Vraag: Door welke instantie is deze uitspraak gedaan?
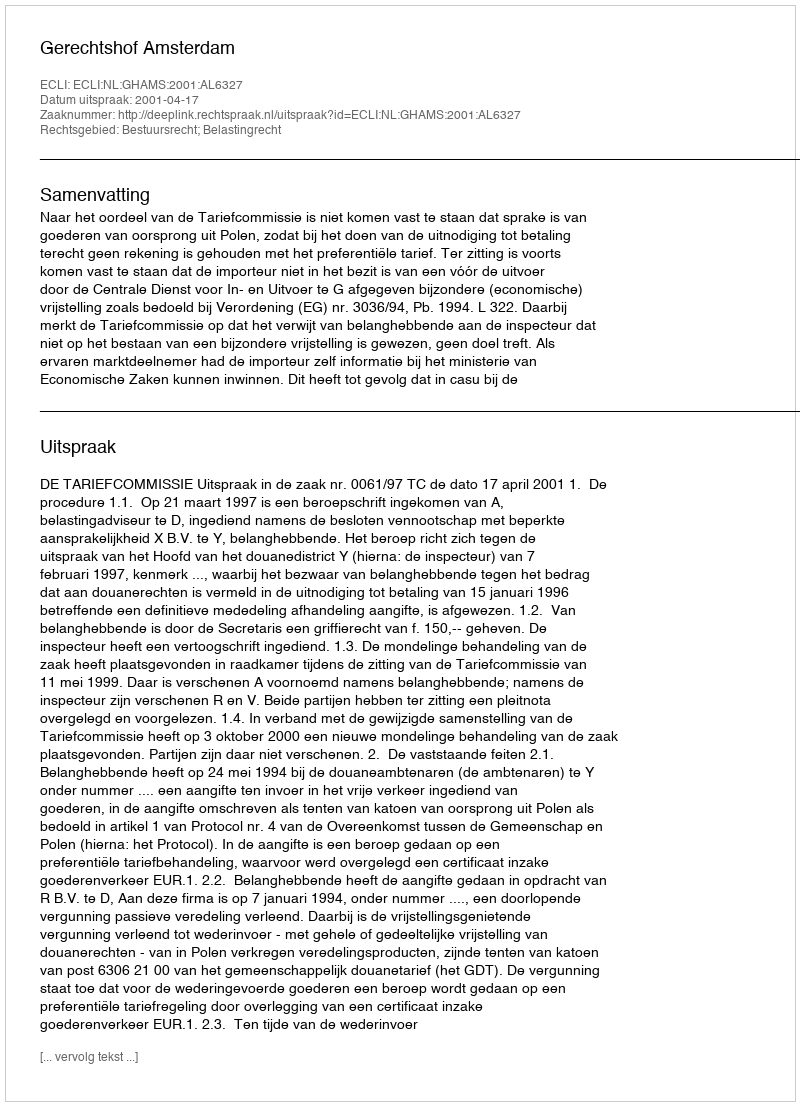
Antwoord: Gerechtshof Amsterdam